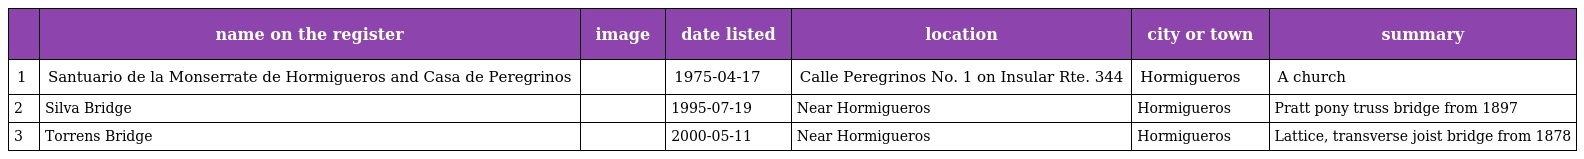
|  | name on the register | image | date listed | location | city or town | summary |
 | --- | --- | --- | --- | --- | --- | --- |
 | 1 | Santuario de la Monserrate de Hormigueros and Casa de Peregrinos |  | 1975-04-17 | Calle Peregrinos No. 1 on Insular Rte. 344 | Hormigueros | A church |
 | 2 | Silva Bridge |  | 1995-07-19 | Near Hormigueros | Hormigueros | Pratt pony truss bridge from 1897 |
 | 3 | Torrens Bridge |  | 2000-05-11 | Near Hormigueros | Hormigueros | Lattice, transverse joist bridge from 1878 |